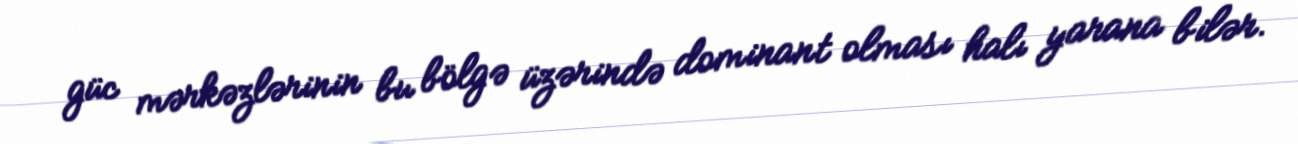
güc mərkəzlərinin bu bölgə üzərində dominant olması halı yarana bilər.